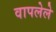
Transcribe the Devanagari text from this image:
वापलेले